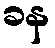
ခန